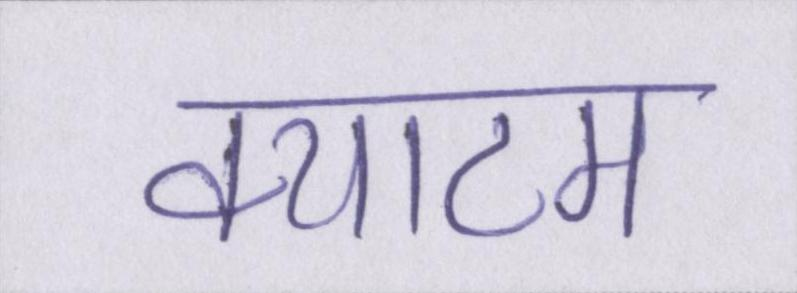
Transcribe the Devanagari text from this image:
क्याटम